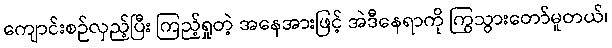
ကျောင်းစဉ်လှည့်ပြီး ကြည့်ရှုတဲ့ အနေအားဖြင့် အဲဒီနေရာကို ကြွသွားတော်မူတယ်၊